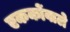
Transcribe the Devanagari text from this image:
एककोंवाले